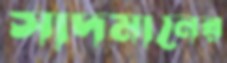
সাদমানের